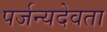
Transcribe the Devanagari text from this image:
पर्जन्यदेवता